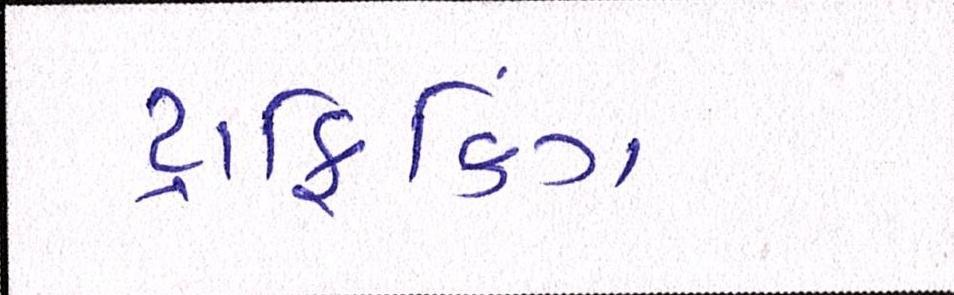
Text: ટ્રાફિકિંગ